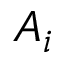
A _ { i }